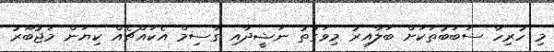
މި ހުރިހާ ސަބަބުތަކަށް ބަލާއިރު މިވަގުތު ނަޝީދާއި ގާސިމް އެކައްޗެއް ކިޔަން މަޖުބޫރު